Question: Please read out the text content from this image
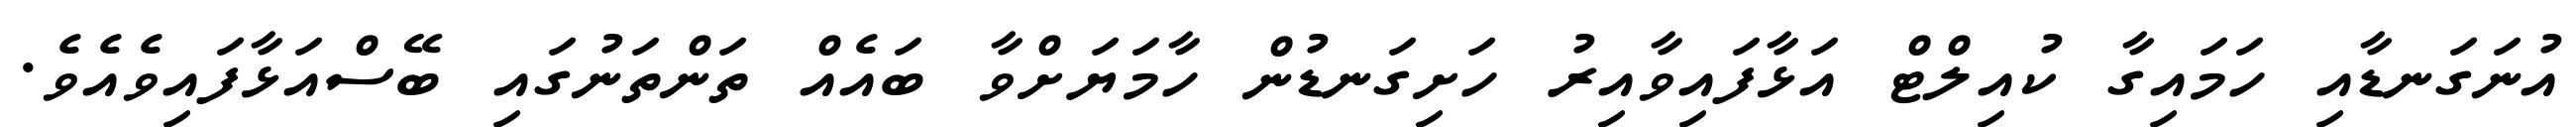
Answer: އުނަގަނޑާއި ހަމައިގާ ކުއިލްޓް އަޅާފައިވާއިރު ހަށިގަނޑުން ހާމަޔަށްވާ ބައެއް ތަންތަނުގައި ބޭސްއަޅާފައިވެއެވެ.